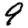
Digit: 9